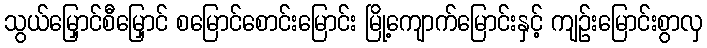
သွယ်မြှောင်စီမြှောင် စမြောင်စောင်းမြောင်း မြို့ကျောက်မြောင်းနှင့် ကျဉ်းမြောင်းစွာလှ